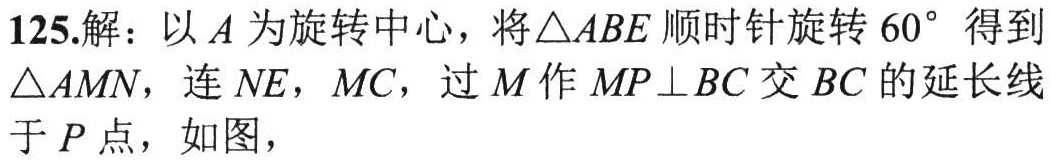
125.解：以\(A\)为旋转中心，将\(\triangle ABE\)顺时针旋转\(60^{\circ}\)得到\(\triangle AMN\)，连\(NE\)，\(MC\)，过\(M\)作\(MP\perp BC\)交\(BC\)的延长线于\(P\)点，如图，